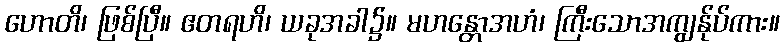
ဟောတိ၊ ဖြစ်ပြီ။ ဧတရဟိ၊ ယခုအခါ၌။ မဟန္တောအဟံ၊ ကြီးသောအကျွန်ုပ်ကား။